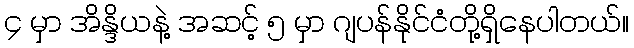
၄ မှာ အိန္ဒိယနဲ့ အဆင့် ၅ မှာ ဂျပန်နိုင်ငံတို့ရှိနေပါတယ်။